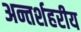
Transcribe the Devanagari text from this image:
अन्तर्शहरीय